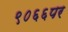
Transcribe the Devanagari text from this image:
९०६६पर